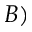
B )